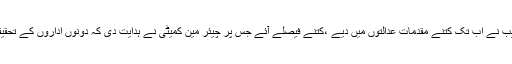
سینیٹر سعید غنی کے اس سوال پر کہ ایف آئی اے اور نیب نے اب تک کتنے مقدمات عدالتوں میں دیے ،کتنے فیصلے آئے جس پر چیئر مین کمیٹی نے ہدایت دی کہ دونوں اداروں کے تحقیقاتی مقدمات کی تفصیل آئندہ اجلاس میں پیش کی جائے ۔